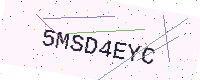
Text: 5MSD4EYC